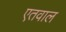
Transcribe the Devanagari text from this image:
एतवाल